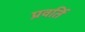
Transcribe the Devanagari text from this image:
प्रवर्ति